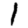
Digit: 1